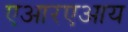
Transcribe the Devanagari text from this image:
एआरएआय